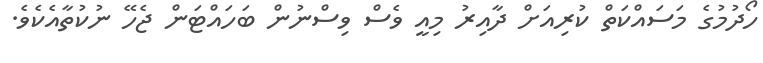
ހޯދުމުގެ މަސައްކަތް ކުރިއަށް ދާއިރު މިއީ ވެސް ވިސްނުން ބަހައްޓަން ޖެހޭ ނުކުތާއެކެވެ.